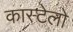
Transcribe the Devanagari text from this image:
कास्टेलो